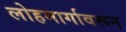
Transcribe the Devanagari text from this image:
लोहमार्गावरून